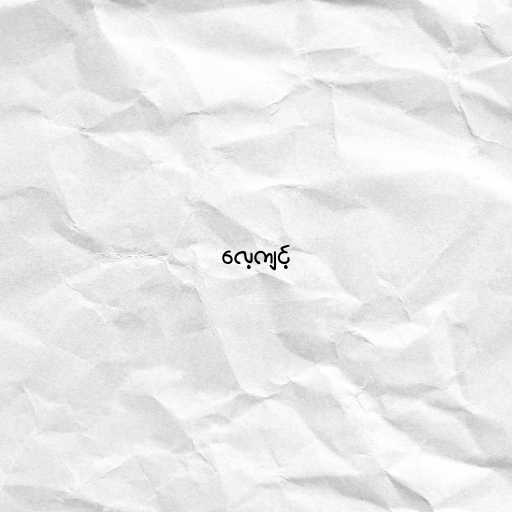
လေ့ကျင့်